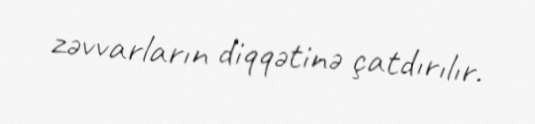
zəvvarların diqqətinə çatdırılır.